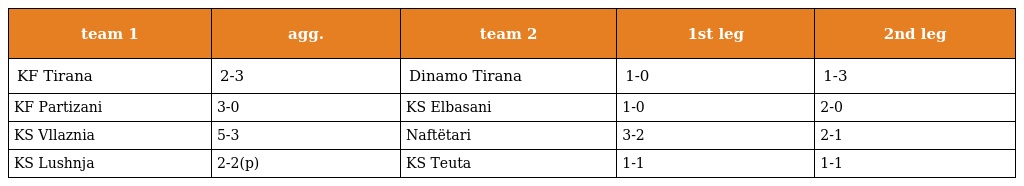
| team 1 | agg. | team 2 | 1st leg | 2nd leg |
 | --- | --- | --- | --- | --- |
 | KF Tirana | 2-3 | Dinamo Tirana | 1-0 | 1-3 |
 | KF Partizani | 3-0 | KS Elbasani | 1-0 | 2-0 |
 | KS Vllaznia | 5-3 | Naftëtari | 3-2 | 2-1 |
 | KS Lushnja | 2-2(p) | KS Teuta | 1-1 | 1-1 |